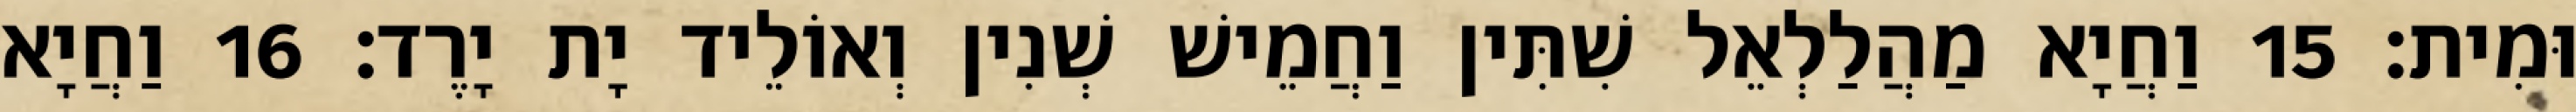
וּמִית׃ 15 וַחֲיָא מַהֲלַלְאֵל שִׁתִּין וַחֲמֵישׁ שְׁנִין וְאוֹלֵיד יָת יָרֶד׃ 16 וַחֲיָא